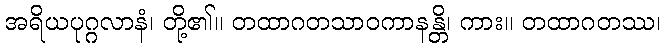
အရိယပုဂ္ဂလာနံ၊ တို့၏။ တထာဂတသာဝကာနန္တိ၊ ကား။ တထာဂတဿ၊